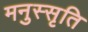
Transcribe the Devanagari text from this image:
मनुस्सृति